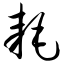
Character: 耗